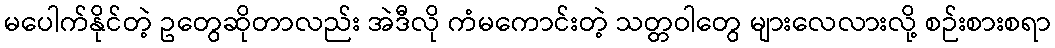
မပေါက်နိုင်တဲ့ ဥတွေဆိုတာလည်း အဲဒီလို ကံမကောင်းတဲ့ သတ္တဝါတွေ များလေလားလို့ စဉ်းစားစရာ